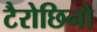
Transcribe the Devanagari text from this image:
टैरोछिनो